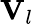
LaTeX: \mathbf{V}_{l}